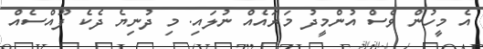
އެ މީހުން ވެސް އުންމީދު މަރައެއް ނުލައި. މި ދުނިޔެ ދެކެ ފޫއްސެއް